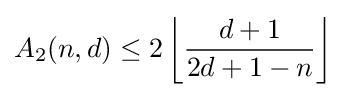
A_{2}(n,d)\leq 2\left\lfloor {\frac {d+1}{2d+1-n}}\right\rfloor